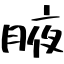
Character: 腋